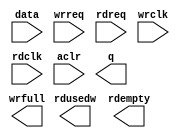
module fifo_ddr_data_rev (
		input  wire [511:0] data,    //  fifo_input.datain
		input  wire         wrreq,   //            .wrreq
		input  wire         rdreq,   //            .rdreq
		input  wire         wrclk,   //            .wrclk
		input  wire         rdclk,   //            .rdclk
		input  wire         aclr,    //            .aclr
		output wire [511:0] q,       // fifo_output.dataout
		output wire [10:0]  rdusedw, //            .rdusedw
		output wire         rdempty, //            .rdempty
		output wire         wrfull   //            .wrfull
	);
endmodule